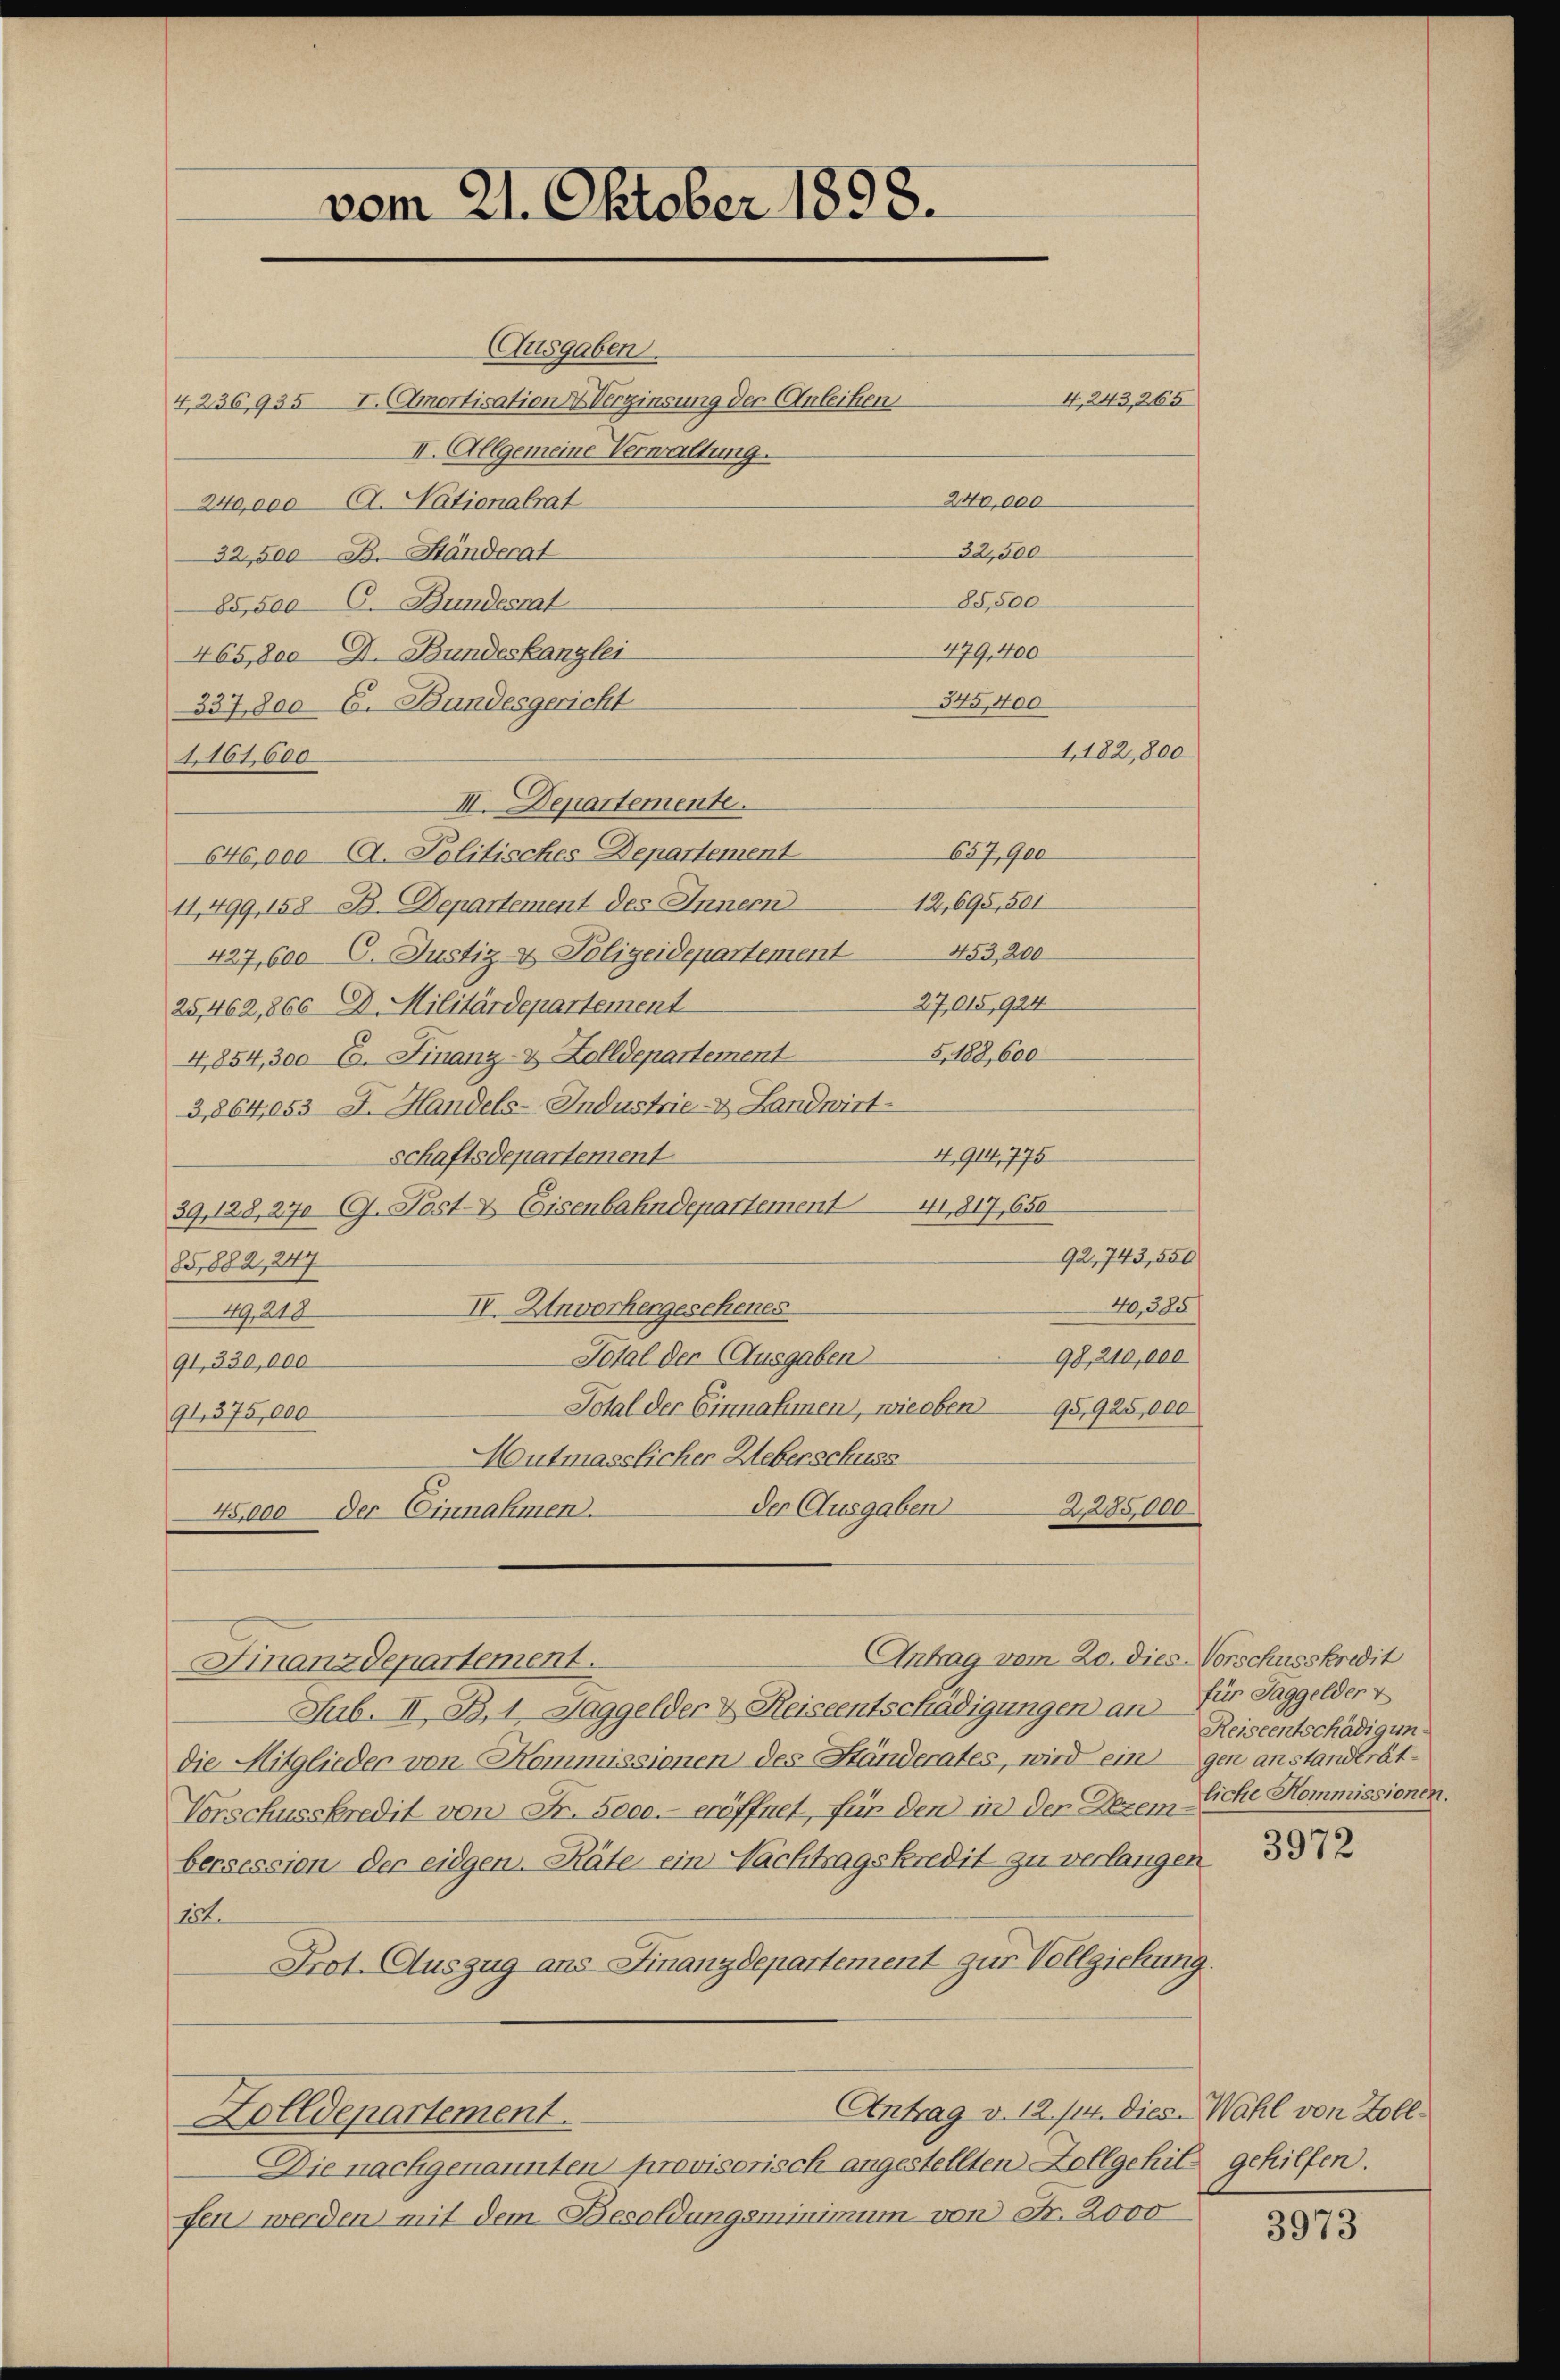
Ausgaben.
4,236, 935 I. Amortisation X Verginsung der Anleihen
II. Allgemeine Verwaltung.
240,000 l. Nationalrat
32,500 B. Ständerat
85,500 6. Bundesrat
465,800 F. Bundeskanzlei
2.
337,800 G. Bundesgericht
1161,600
III. Departemente.
657,900
640,000 (A. Politisches Departement
12,695, 501
11,499, 158 B. Departement des Innern
453, 200
427,600 6. Justiz- & Polizeidepartement
27,015,924
25,462,866 D. Militärdepartement
5,188, 600
4,854,300 E. Finanz- & Zolldepartement
3,864,053 J. Handels-Industrie- & Landwirt
4914,775
schaftsdepartement
39, 128, 27. C. Post- & Eisenbahndepartement 1817, 650
92, 743,550
85,8821, 247
40,385/
II. Unvorhergesehenes
49,218
Total der Ausgaben
98, 210,000
91, 330,000
Total der Einnahmen, wie oben 95,925,000
91, 375,000
Mutmasslicher Ueberschuss
der Ausgaben
225000.
45,000 der Einnahmen.

vom 21. Oktober 1898.

4, 243, 265
240,000
32,500
85,500
479. 400
345,400
1,182,800

Antrag vom 20. dies Norschusskowit
Finanzdepartement.

Zolldepartement.

Sub. II. B. 1 Taggelder & Reiseentschädigungen an für Taggelder v
die Mitglieder von Kommissionen des Ständerates, wird eingen anstandträt¬
Vorschusskredit von Fr. 5000.- eröffnet, für den in den Dezem Eiche Kommissionen.
bersession der eidgen. Räte ein Nachtragskredit zu verlangen
14.
Prot. Auszug ans Finanzdepartement zur Vollziehung.

Antrag v. 12./14. dies Wahl von Zoll¬
Die nachgenannten provisorisch angestellten Zollgehils gehilfen.
fen werden mit dem Besoldungsminimum von Fr. 2000

Reiseentschädigun¬

3972

3973